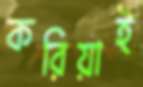
করিয়াই